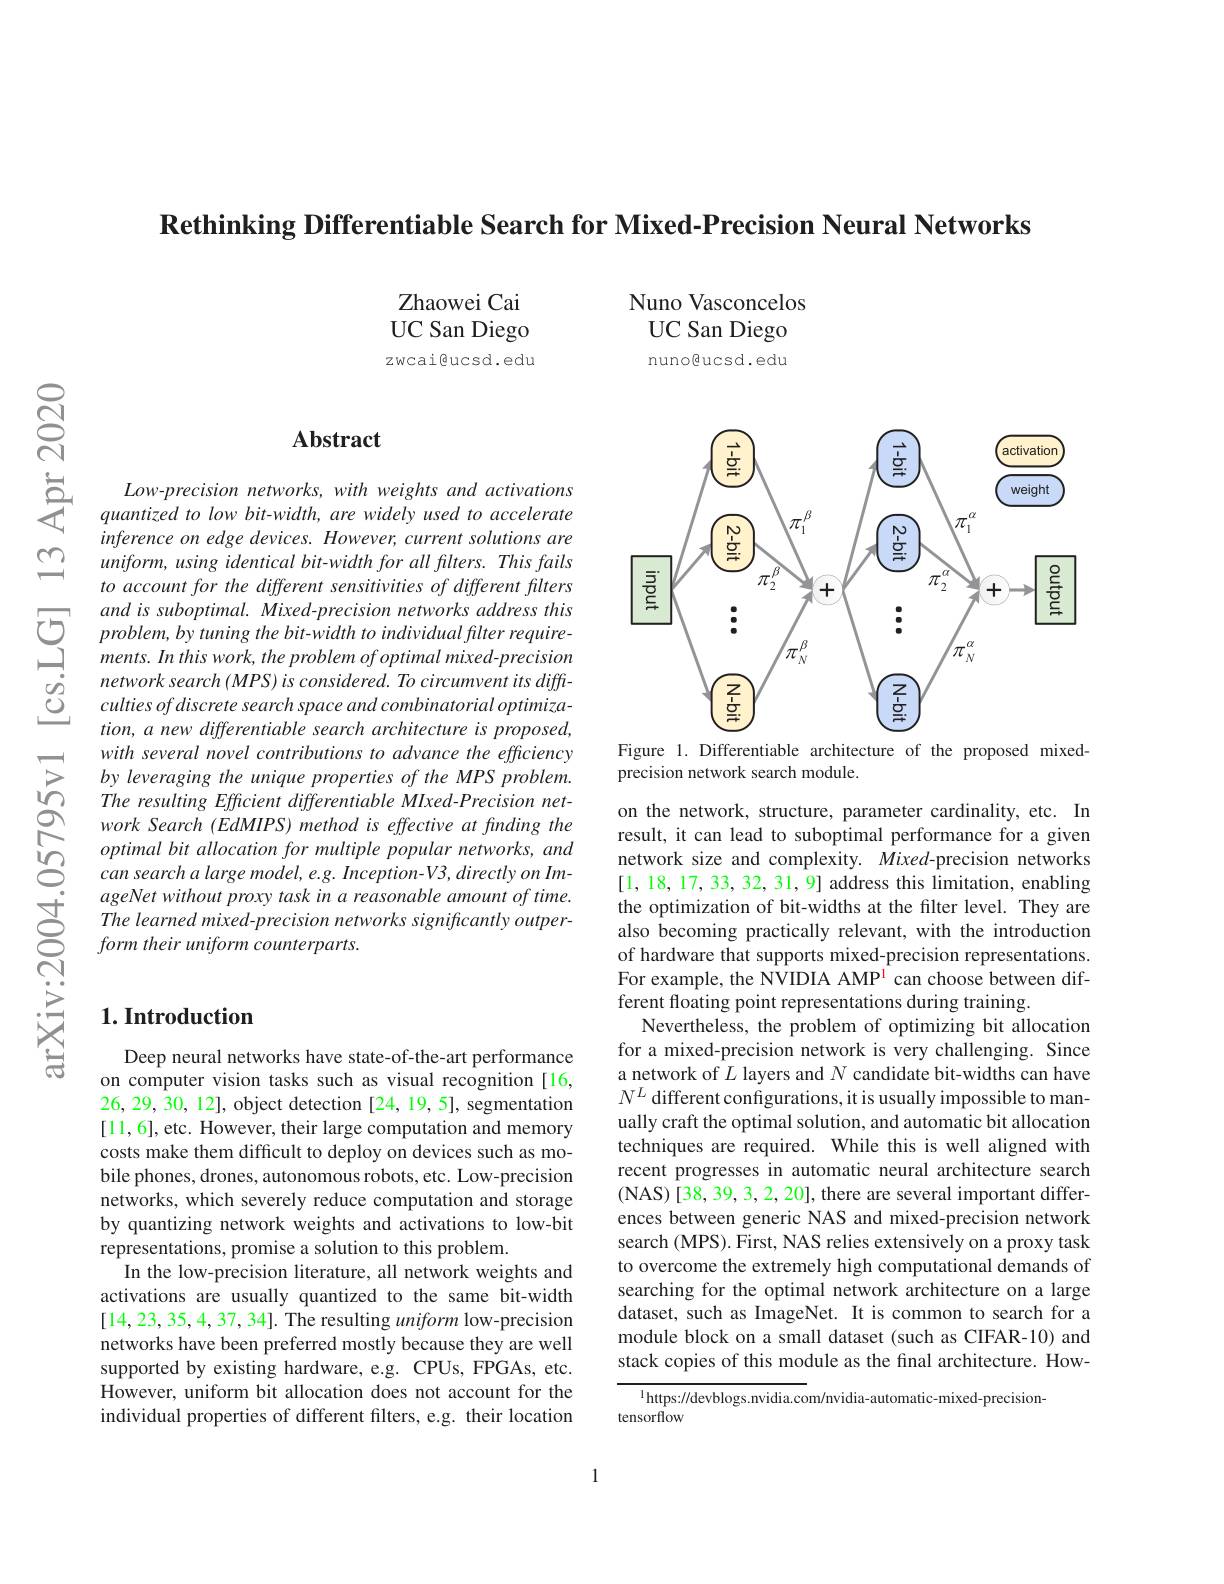
Rethinking Differentiable Search for Mixed-Precision Neural Networks

Zhaowei Cai UC San Diego zwcai@ucsd.edu

## $\mathbf{Abstract}$

$Low-precision~networks,~with~weights~and~activations$ quantized to low bit-width, are widely used to accelerate inference on edge devices. However, current solutions are uniform, using identical bit-width for all filters. This fails to account for the different sensitivities of different filters and is suboptimal. Mixed-precision networks address this problem, by tuning the bit-width to individual filter requirements. In this work, the problem of optimal mixed-precision network search (MPS) is considered. To circumvent its difficulties of discrete search space and combinatorial optimization, a new differentiable search architecture is proposed, with several novel contributions to advance the efficiency by leveraging the unique properties of the MPS problem. The resulting Efficient differentiable MIxed-Precision network Search (EdMIPS) method is effective at finding the optimal bit allocation for multiple popular networks, and can search a large model, e.g. Inception- V3, directly on ImageNet without proxy task in a reasonable amount of time. The learned mixed-precision networks significantly outperform their uniform counterparts.

## $1. \textbf{Introduction}$

Deep neural networks have state-of-the-art performance on computer vision tasks such as visual recognition [16, 26,29,30,12], object detection [24, 19, 5], segmentation [11,6],etc. However, their large computation and memory costs make them difficult to deploy on devices such as mobile phones, drones, autonomous robots, etc. Low-precision networks, which severely reduce computation and storage by quantizing network weights and activations to low-bit representations, promise a solution to this problem.
In the low-precision literature, all network weights and activations are usually quantized to the same bit-width [14,23,35,4,37,34]. The resulting uniform low-precision networks have been preferred mostly because they are well supported by existing hardware, e.g. CPUs, FPGAs, etc. However, uniform bit allocation does not account for the individual properties of different filters, e.g. their location

Nuno Vasconcelos UC San Diego nunogucsd.edu

<FigureHere>
Figure 1. Differentiable architecture of the proposed mixed-

precision network search module.

on the network, structure, parameter cardinality, etc. In result, it can lead to suboptimal performance for a given network size and complexity. Mixed-precision networks [1,18,17,33,32,31,9] address this limitation, enabling the optimization of bit-widths at the filter level. They are also becoming practically relevant, with the introduction of hardware that supports mixed-precision representations. For example, the NVIDIA AMP$^{\mathrm{i}}$ can choose between different floating point representations during training.
Nevertheless, the problem of optimizing bit allocation for a mixed-precision network is very challenging. Since a network of $L$ layers and $N$ candidate bit-widths can have $N^L$ different configurations, it is usually impossible to manually craft the optimal solution, and automatic bit allocation techniques are required. While this is well aligned with recent progresses in automatic neural architecture search (NAS)[38, 39, 3, 2, 20], there are several important differences between generic NAS and mixed-precision network search (MPS). First, NAS relies extensively on a proxy task to overcome the extremely high computational demands of searching for the optimal network architecture on a large dataset, such as ImageNet. It is common to search for a module block on a small dataset (such as CIFAR-10) and stack copies of this module as the final architecture. How-

$^{1}$https://devblogs.nvidia.com/nvidia-automatic-mixed-precision-
tensorflow